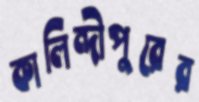
কালিন্দীপুরের